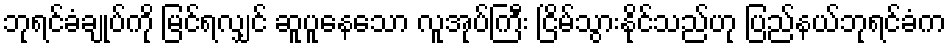
ဘုရင်ခံချုပ်ကို မြင်ရလျှင် ဆူပူနေသော လူအုပ်ကြီး ငြိမ်သွားနိုင်သည်ဟု ပြည်နယ်ဘုရင်ခံက